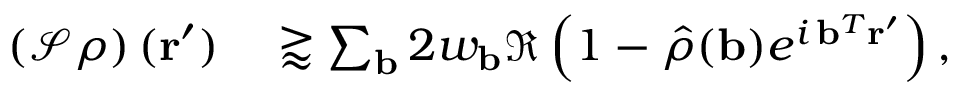
\begin{array} { r l } { \left( \mathcal { S } \rho \right) ( \mathbf { r } ^ { \prime } ) } & { { } \gtrapprox \sum _ { \mathbf { b } } 2 w _ { \mathbf { b } } \Re \left( 1 - \hat { \rho } ( \mathbf { b } ) e ^ { i \, \mathbf { b } ^ { T } \mathbf { r } ^ { \prime } } \right) , } \end{array}